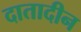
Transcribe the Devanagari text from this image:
दातादीन